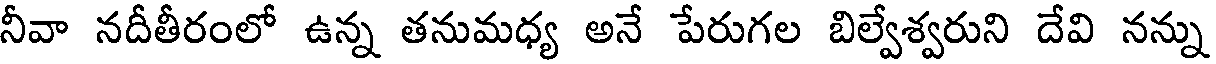
నీవా నదీతీరంలో ఉన్న తనుమధ్య అనే పేరుగల బిల్వేశ్వరుని దేవి నన్ను